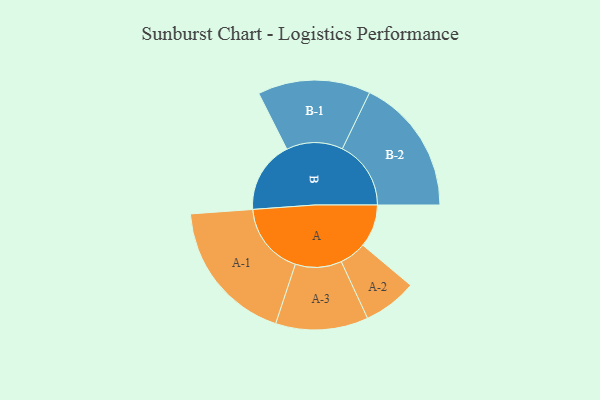
{"axis": {"x": "Segment", "y": "Value"}, "legend": ["", "A", "B"], "data": [{"x": "A", "y": 161, "type": ""}, {"x": "B", "y": 271, "type": ""}, {"x": "A-1", "y": 272, "type": "A"}, {"x": "A-2", "y": 101, "type": "A"}, {"x": "A-3", "y": 174, "type": "A"}, {"x": "B-1", "y": 212, "type": "B"}, {"x": "B-2", "y": 258, "type": "B"}]}